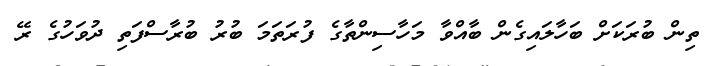
ތިން ބުރަކަށް ބަހާލައިގެން ބާއްވާ މަހާސިންތާގެ ފުރަތަމަ ބުރު ބުރާސްފަތި ދުވަހުގެ ރޭ